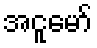
အငူမော်